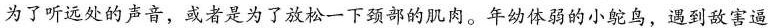
为了听远处的声音，或者是为了放松一下颈部的肌肉。年幼体弱的小鸵鸟，遇到敌害逼